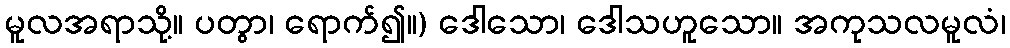
မူလအရာသို့။ ပတွာ၊ ရောက်၍။) ဒေါသော၊ ဒေါသဟူသော။ အကုသလမူလံ၊